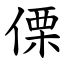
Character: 傈